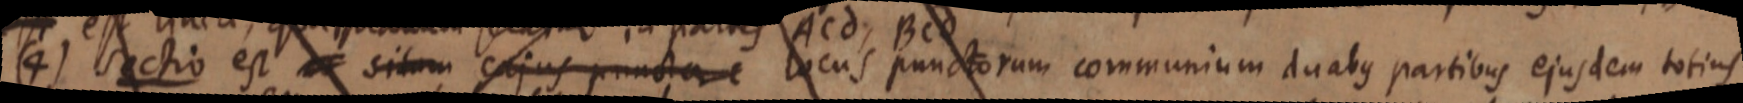
(4) Sectio est _ situm cajus punctae locus punctorum communium duabus partibus ejusdem totius